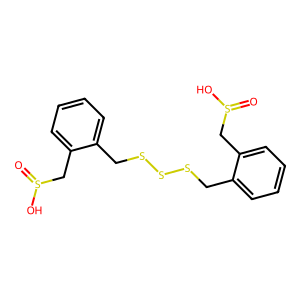
SMILES: O=S(O)Cc1ccccc1CSSSCc1ccccc1CS(=O)O
Inhibits HIV replication: No